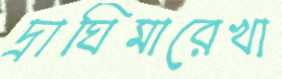
দ্রাঘিমারেখা